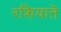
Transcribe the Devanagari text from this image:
रशियाऩॆ